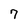
Character: 7